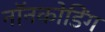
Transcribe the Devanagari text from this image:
नॉनकोडिंग